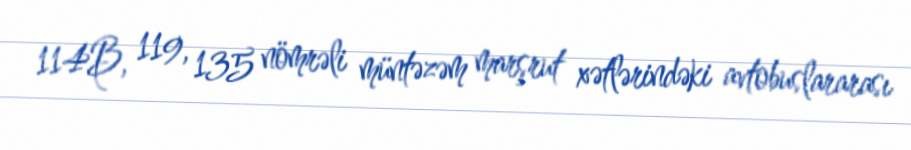
114B, 119, 135 nömrəli müntəzəm marşrut xətlərindəki avtobuslararası